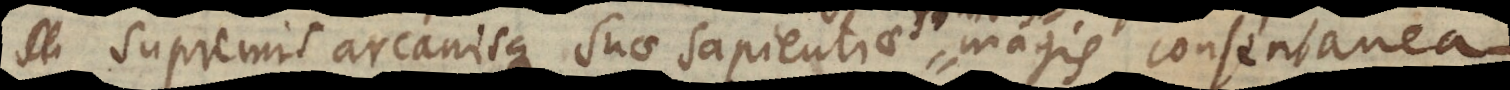
supremis arcanisque suae sapientiae finibus magis consentanea